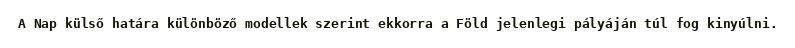
A Nap külső határa különböző modellek szerint ekkorra a Föld jelenlegi pályáján túl fog kinyúlni.